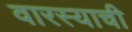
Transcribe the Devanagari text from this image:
वारस्याची